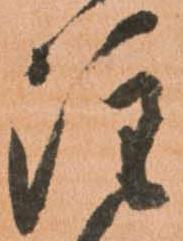
注